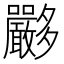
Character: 𡗏